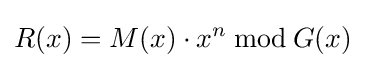
R(x)=M(x)\cdot x^{n}\,{\bmod {\,}}G(x)